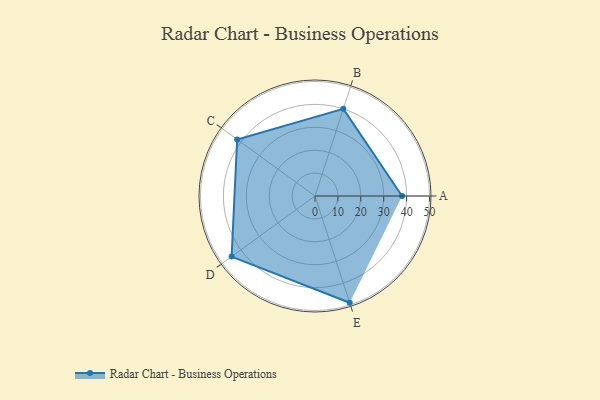
{"axis": {"x": "Skill", "y": "Score"}, "legend": ["Profile"], "data": [{"x": "A", "y": 38.0, "type": "Profile"}, {"x": "B", "y": 40.0, "type": "Profile"}, {"x": "C", "y": 42.0, "type": "Profile"}, {"x": "D", "y": 45.0, "type": "Profile"}, {"x": "E", "y": 49.0, "type": "Profile"}]}